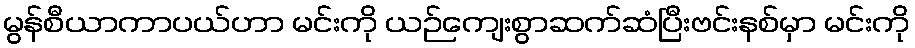
မွန်စီယာကာပယ်ဟာ မင်းကို ယဉ်ကျေးစွာဆက်ဆံပြီးဗင်းနစ်မှာ မင်းကို